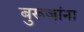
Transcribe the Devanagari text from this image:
बुरूजांना